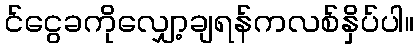
င်ငွေခကိုလျှော့ချရန်ကလစ်နှိပ်ပါ။